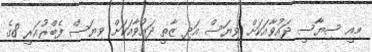
މިއީ ސިޔާސީ ދައުވާއަކަށް ވިޔަސް އަދި ޒާތީ ދައުވާއަކަށް ވިޔަސް ފެބްރުއަރީ 8ގެ